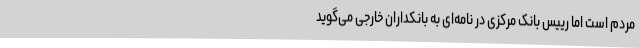
مردم است اما رییس بانک مرکزی در نامه‌ای به بانکداران خارجی می‌گوید